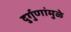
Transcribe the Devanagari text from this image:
दुर्गुणांमुळे